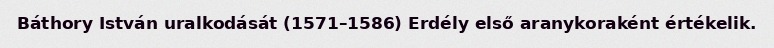
Báthory István uralkodását (1571–1586) Erdély első aranykoraként értékelik.